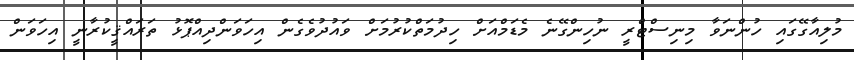
މުލިއާގޭގައި ހުންނަވާ މިނިސްޓްރީ ނުހިންގޭނެ މެޑަމްއަށް ހިދުމަތްކުރުމަށް ވައުދުވެގެން އިހަވަންދިއްޕޮޅު ތަރައްޤީކުރާނީ އިހަވަން